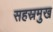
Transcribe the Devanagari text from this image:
सहस्रमुख